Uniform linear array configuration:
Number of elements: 4
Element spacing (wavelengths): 0.25
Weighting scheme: kaiser
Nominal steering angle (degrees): -45
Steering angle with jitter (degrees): -44.865
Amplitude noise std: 0.05
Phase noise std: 0.05

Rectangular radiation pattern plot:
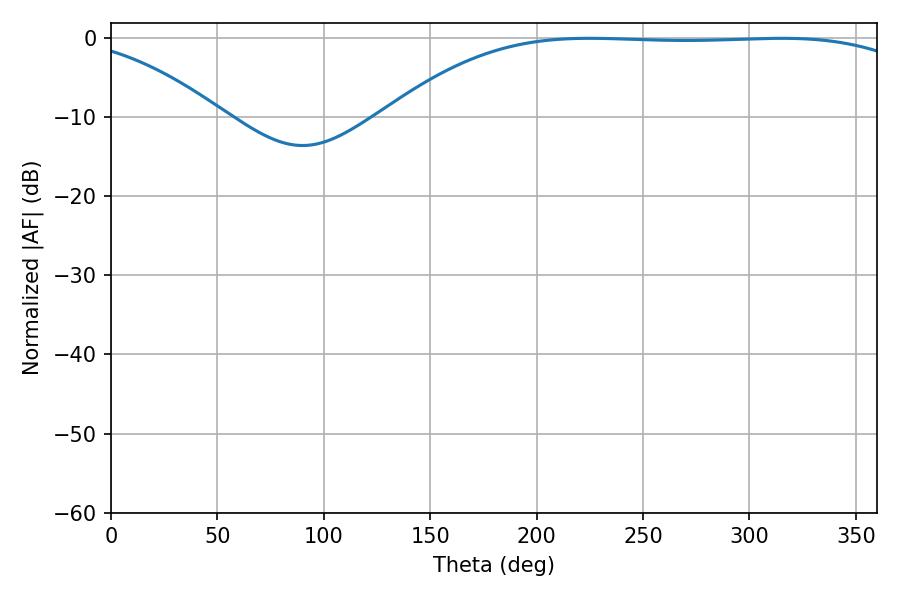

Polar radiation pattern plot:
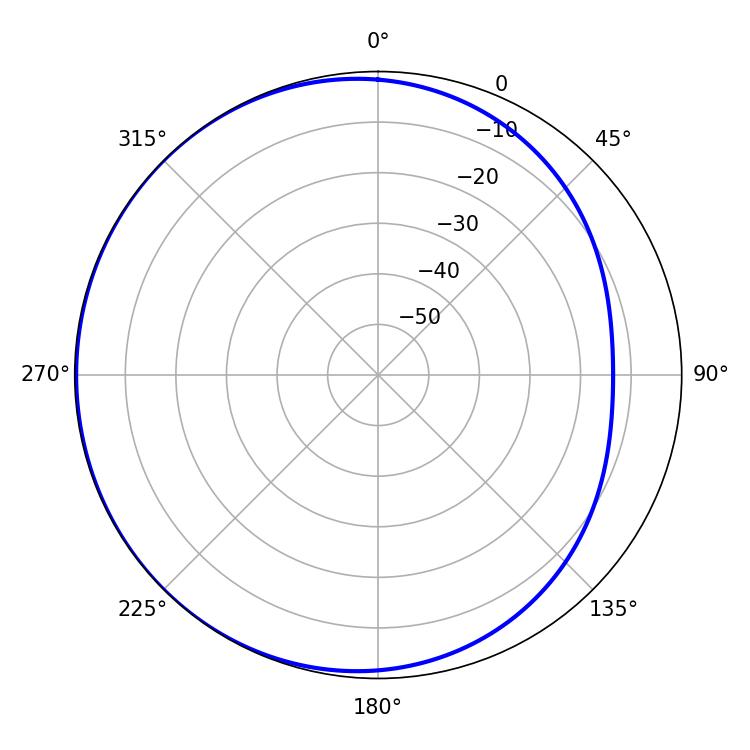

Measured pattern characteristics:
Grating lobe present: FALSE
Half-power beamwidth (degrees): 193.86
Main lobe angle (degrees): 224.82